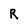
Character: R